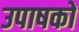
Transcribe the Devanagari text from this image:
उपाषकों